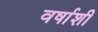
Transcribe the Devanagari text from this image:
वर्षाशी